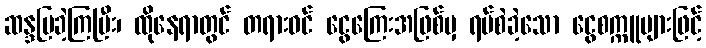
ဆန္ဒပြခဲ့ကြပြီး၊ ထိုနေရာတွင် တရားဝင် ငွေကြေးအဖြစ်မှ ရပ်စဲခဲ့သော ငွေစက္ကူများဖြင့်